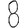
Digit: 8